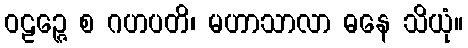
ဝဠဉ္ဇေ စ ဂဟပတိ၊ မဟာသာလာ ဓနေ သိယုံ။